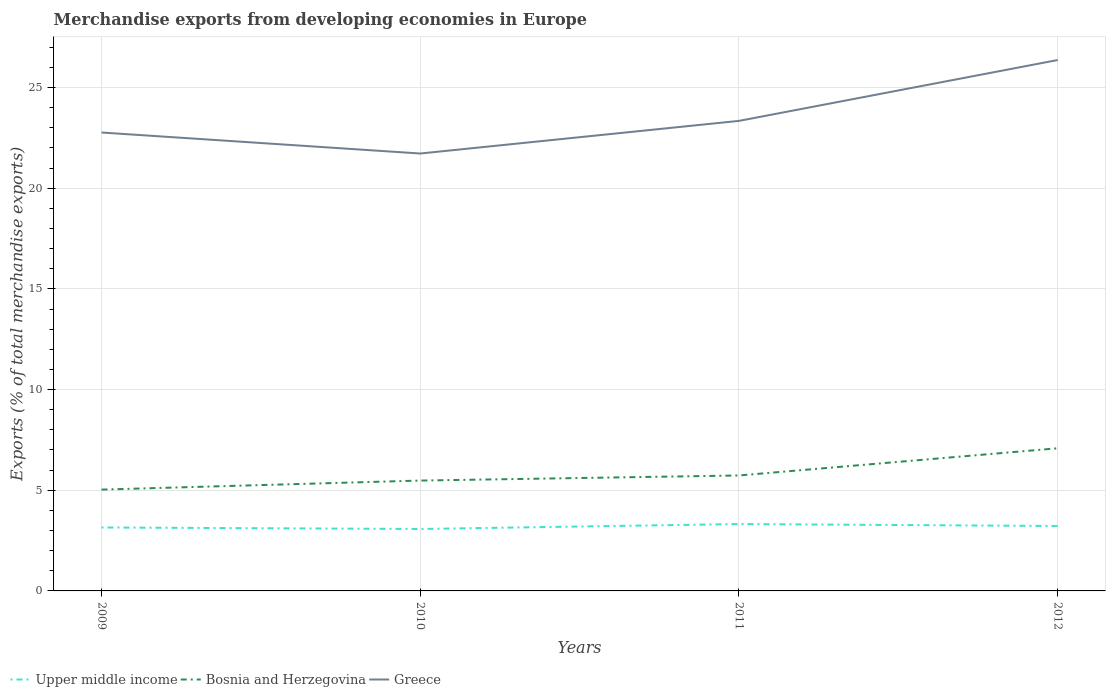
| Years | Upper middle income | Bosnia and Herzegovina | Greece |
 | --- | --- | --- | --- |
 | 2009 | 3.15 | 5.03 | 22.8 |
 | 2010 | 3.08 | 5.48 | 21.7 |
 | 2011 | 3.32 | 5.73 | 23.3 |
 | 2012 | 3.22 | 7.08 | 26.4 |